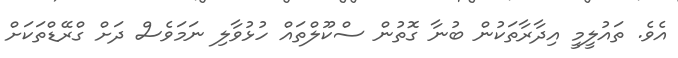
އެވެ. ތައުލީމީ އިދާރާތަކުން ބުނާ ގޮތުން ސްކޫލްތައް ހުޅުވާލި ނަމަވެސް ދަށް ގްރޭޑްތަކަށް